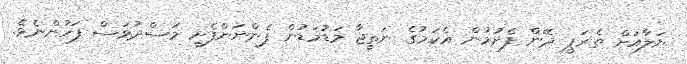
ޔަލާއަށް ތެރަޕީ ދޭން ފެށުމުން އެކަމުގެ ނަތީޖާ މަޑުމަޑުން ފެންނަންފެށީ މަސްދުވަސް ފަހުންނެވެ.